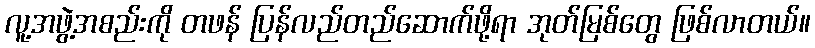
လူ့အဖွဲ့အစည်းကို တဖန် ပြန်လည်တည်ဆောက်ဖို့ရာ အုတ်မြစ်တွေ ဖြစ်လာတယ်။